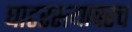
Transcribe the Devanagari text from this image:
घाटरस्त्यावरच